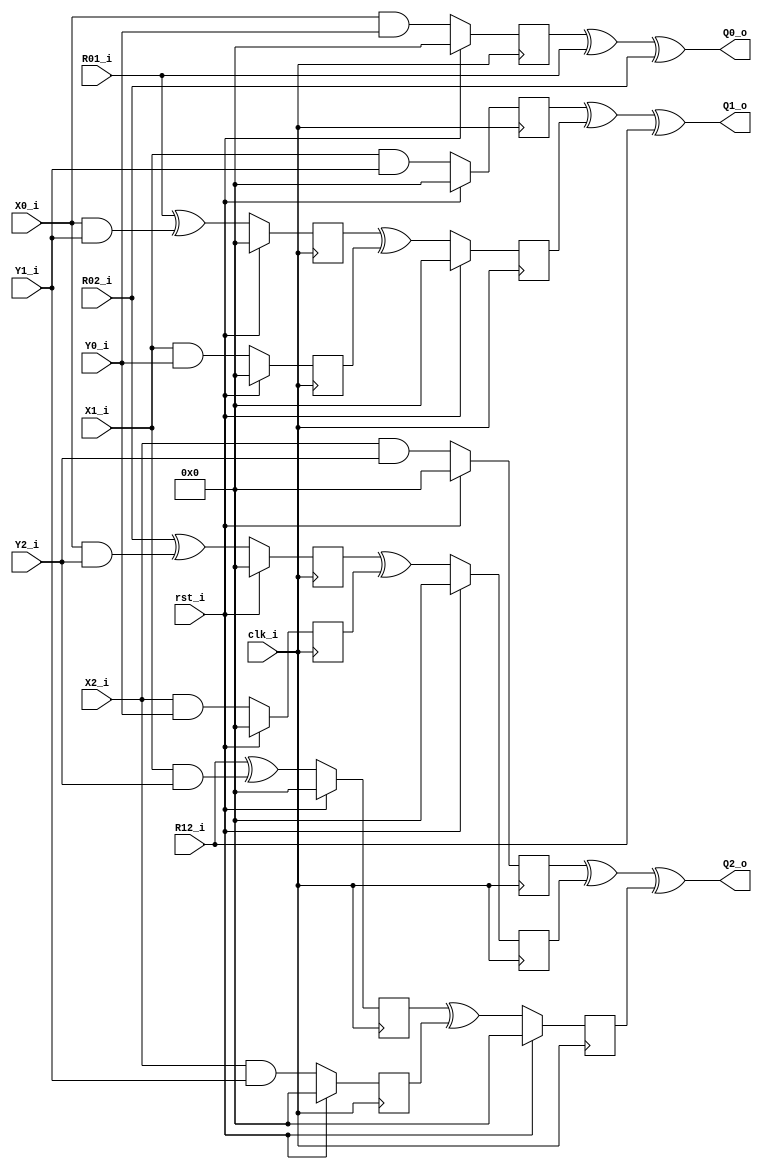
module isw_and (clk_i, rst_i, 
    X0_i, X1_i, X2_i,
    Y0_i, Y1_i,  Y2_i,
    R01_i, R02_i, R12_i,
    Q0_o, Q1_o, Q2_o,
     );
    input clk_i; 
    input rst_i;
    input [7:0] X0_i, X1_i, X2_i;
    input [7:0] Y0_i, Y1_i, Y2_i;
    input [7:0] R01_i, R02_i, R12_i;
    output [7:0] Q0_o, Q1_o, Q2_o; 

    reg [7:0] tmp0_q;
    reg [7:0] tmp1_q;
    reg [7:0] tmp2_q;
    reg [7:0] tmp3_q;
    reg [7:0] tmp4_q;
    reg [7:0] tmp5_q;
    
    reg [7:0] C0_q, C1_q, C2_q;
    reg [7:0] R10_q, R20_q, R21_q;


    always @(posedge clk_i) begin
        if(rst_i) begin
            tmp0_q <= 8'b0;
            tmp1_q <= 8'b0;
            tmp2_q <= 8'b0;
            tmp3_q <= 8'b0;
            tmp4_q <= 8'b0;
            tmp5_q <= 8'b0;

            C0_q <= 8'b0;
            C1_q <= 8'b0;
            C2_q <= 8'b0;

            R10_q <= 8'b0;
            R20_q <= 8'b0;
            R21_q <= 8'b0;
        end else begin
            tmp0_q <= (R01_i ^ (X0_i&Y1_i));
            tmp1_q <= (X1_i&Y0_i);
            tmp2_q <= (R02_i ^ (X0_i&Y2_i));
            tmp3_q <= (X2_i&Y0_i);
            tmp4_q <= (R12_i ^ (X1_i&Y2_i));
            tmp5_q <= (X2_i&Y1_i);
    
            C0_q <= X0_i & Y0_i;
            C1_q <= X1_i & Y1_i;
            C2_q <= X2_i & Y2_i;
            
            R10_q <= tmp0_q ^ tmp1_q;
            R20_q <= tmp2_q ^ tmp3_q;
            R21_q <= tmp4_q ^ tmp5_q;
        end
    end

    assign Q0_o = C0_q ^ R01_i ^ R02_i;
    assign Q1_o = C1_q ^ R10_q ^ R12_i;
    assign Q2_o = C2_q ^ R20_q ^ R21_q ;

endmodule